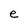
Character: e